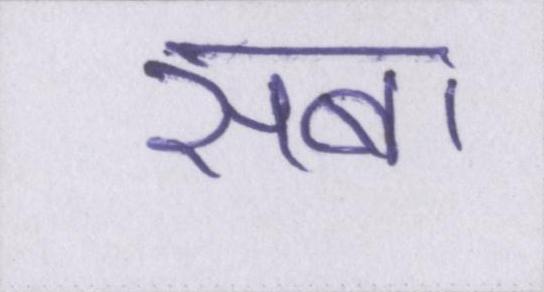
सबा